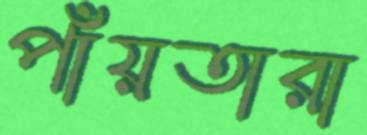
পাঁয়তারা